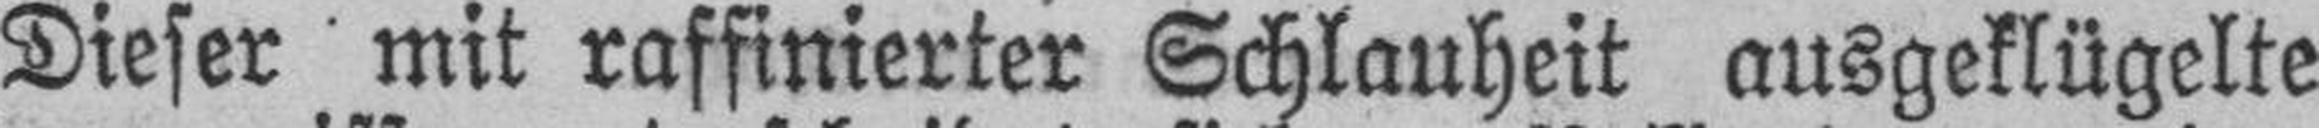
Dieser mit raffinierter Schlauheit ausgeklügelte